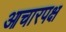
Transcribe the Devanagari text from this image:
आचारपक्ष